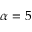
\alpha = 5